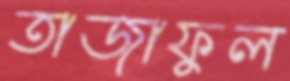
তাজাফুল